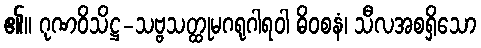
၏။ ဂုဏဝိသိဋ္ဌ-သဗ္ဗသတ္ထုမဂရုဂါရဝါ ဓိဝစနံ၊ သီလအစရှိသော